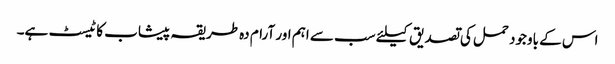
اس کے باوجود حمل کی تصدیق کیلئے سب سے اہم اور آرام دہ طریقہ پیشاب کا ٹیسٹ ہے۔